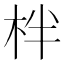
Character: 柈